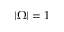
| \Omega | = 1